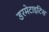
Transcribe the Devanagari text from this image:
डरमेटाइटिस